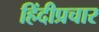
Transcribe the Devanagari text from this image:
हिंदीप्रचार